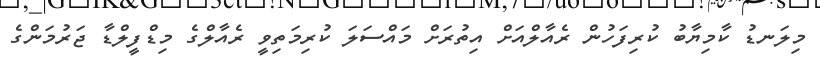
މިލަނޑު ކާމިޔާބު ކުރިފަހުން ރެއާލްއަށް އިތުރަށް މައްސަލަ ކުރިމަތިވީ ރެއާލްގެ މިޑްފީލްޑާ ޖަރުމަންގެ